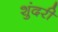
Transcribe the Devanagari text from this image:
शुंदरी